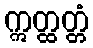
ဣတ္ထတ္တံ